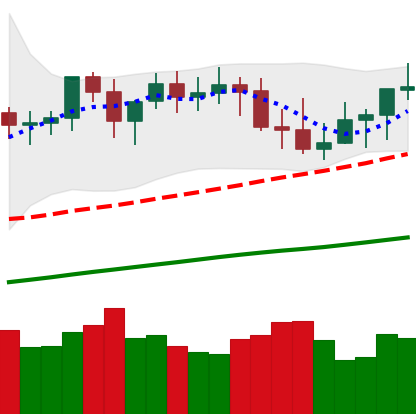
Ticker: XMR-USD
Chart end date: 2021-03-29
Forward return: 11.108%
Label: up_7plus